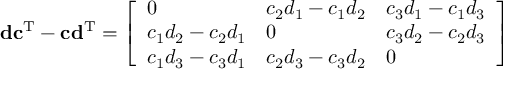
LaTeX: \mathbf { d } \mathbf { c } ^ { \mathrm { T } } - \mathbf { c } \mathbf { d } ^ { \mathrm { T } } = { \left[ \begin{array} { l l l } { 0 } & { c _ { 2 } d _ { 1 } - c _ { 1 } d _ { 2 } } & { c _ { 3 } d _ { 1 } - c _ { 1 } d _ { 3 } } \\ { c _ { 1 } d _ { 2 } - c _ { 2 } d _ { 1 } } & { 0 } & { c _ { 3 } d _ { 2 } - c _ { 2 } d _ { 3 } } \\ { c _ { 1 } d _ { 3 } - c _ { 3 } d _ { 1 } } & { c _ { 2 } d _ { 3 } - c _ { 3 } d _ { 2 } } & { 0 } \end{array} \right] }